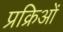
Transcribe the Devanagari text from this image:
प्रक्रिओं